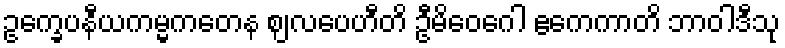
ဥက္ခေပနီယကမ္မကတေန ဈလပေဟီတိ ဦမိဝေဂေါ ဧကေကာတိ ဘာဝါဒီသု